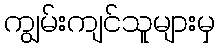
ကျွမ်းကျင်သူများမှ